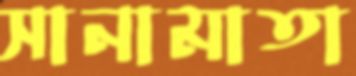
সানামাতা